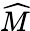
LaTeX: \widehat{M}